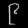
Digit: ၉